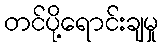
တင်ပို့ရောင်းချမှု